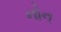
નોન